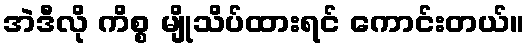
အဲဒီလို ကိစ္စ မျိုသိပ်ထားရင် ကောင်းတယ်။